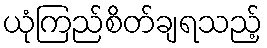
ယုံကြည်စိတ်ချရသည့်